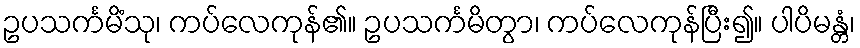
ဥပသင်္ကမိံသု၊ ကပ်လေကုန်၏။ ဥပသင်္ကမိတွာ၊ ကပ်လေကုန်ပြီး၍။ ပါပိမန္တံ၊